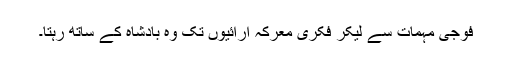
فوجی مہمات سے لیکر فکری معرکہ آرائیوں تک وہ بادشاہ کے ساتھ رہتا۔